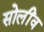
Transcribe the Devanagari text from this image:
सोलींव